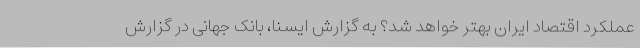
عملکرد اقتصاد ایران بهتر خواهد شد؟ به گزارش ایسنا، بانک جهانی در گزارش